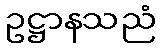
ဥဋ္ဌာနသညံ